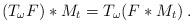
LaTeX: \begin{align*} (T_\omega F)*M_t = T_\omega (F*M_t) \;. \end{align*}